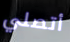
أتصلي